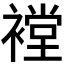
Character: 𰴇